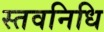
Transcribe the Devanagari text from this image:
स्तवनिधि